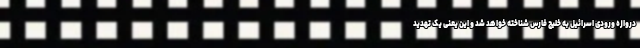
دروازه ورودی اسرائیل به خلیج فارس شناخته خواهد شد و این یعنی یک تهدید